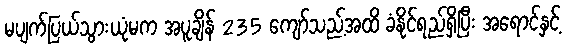
မပျက်ပြယ်သွားယုံမက အပူချိန် 235 ကျော်သည့်အထိ ခံနိုင်ရည်ရှိပြီး အရောင်နှင့်